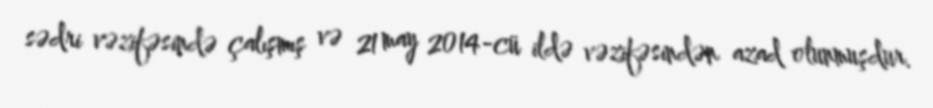
sədri vəzifəsində çalışmış və 21 may 2014-cü ildə vəzifəsindən azad olunmuşdur.